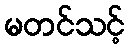
မတင်သင့်